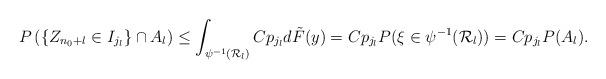
LaTeX: \begin{align*}P\left( \{ Z_{n_0+l} \in I_{j_l} \} \cap A_l \right) \leq \int_{\psi^{-1}(\mathcal{R}_l)} Cp_{j_l} d\tilde F(y) = Cp_{j_l} P(\xi\in\psi^{-1}(\mathcal{R}_l))= Cp_{j_l} P(A_l).\end{align*}